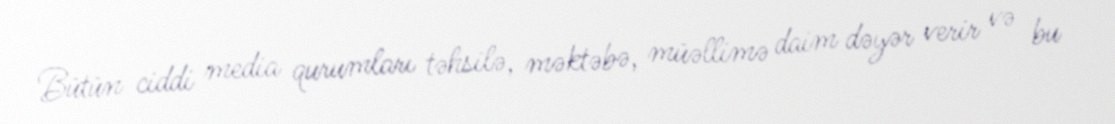
Bütün ciddi media qurumları təhsilə, məktəbə, müəllimə daim dəyər verir və bu